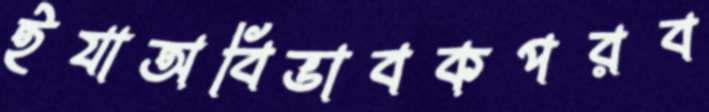
ইযাঅবিভাবকপরব